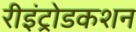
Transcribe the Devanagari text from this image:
रीइंट्रोडकशन